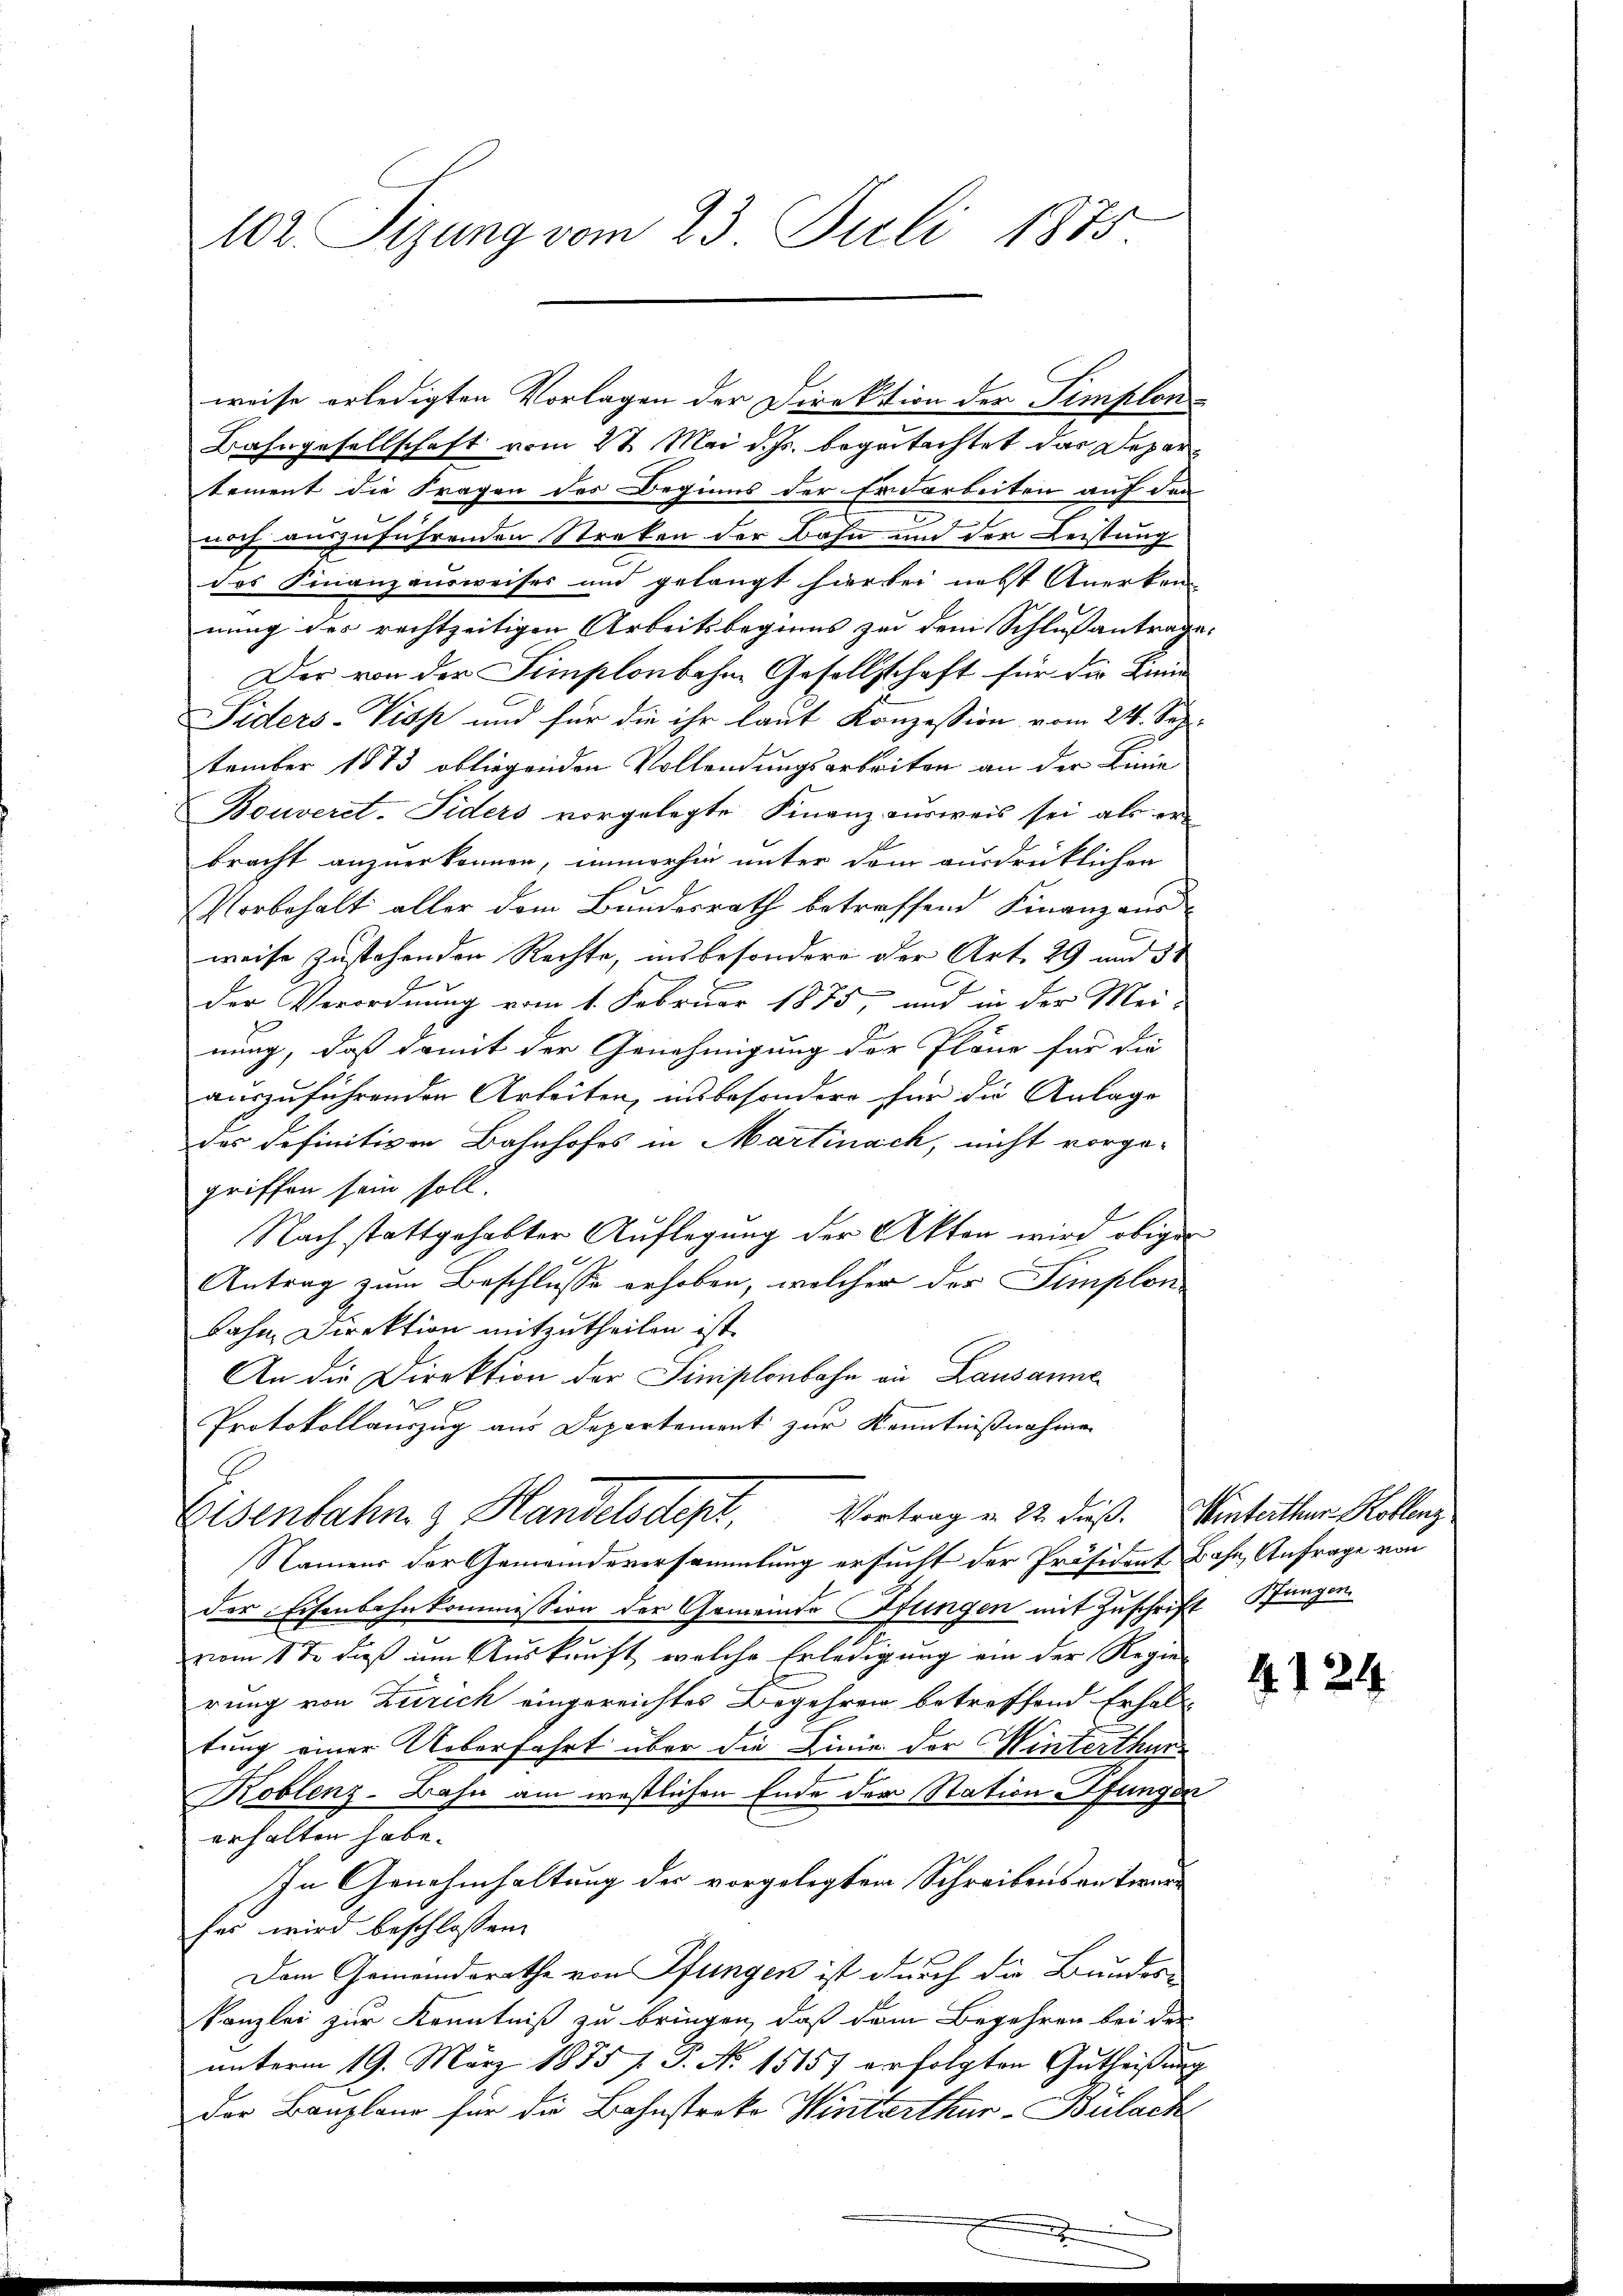
102 Sizung vom 23. Juli 1875

weise erledigten Vorlagen der Direktion der Simplon
Bahngesellschaft vom 27. Mai d. Js. begutachtet das Departement die Fragen des Beginns der Erdarbeiten auf den
5
noch auszuführenden Streken der Bahn und der Leistung
das Finanzausweises und gelangt hier bei nebst Anerken-
nung des rechtzeitigen Arbeitsbeginns zu dem Schlußantrage.
Der von der Simplonbahne Gesellschaft für die Linie
Piders-Visp und für die ihr laut Konzession vom 24. Sep.
tember 1873 obliegenden Vollendungsarbeiten an der Linie
Bouveret. Fiders vorgelegte Finanzausweis sei als er
bracht anzuerkennen, immerhin unter dem ausdrücklichen
Vorbehalt aller dem Bundesrath betreffend Finanzaus
weise zustehenden Rechte, insbesondere der Art. 29 und 51
Der Verordnung vom 1. Februar 1875, und in der Mei-
nung, daß damit der Genehmigung der Pläne für die
auszuführenden Arbeiten, insbesondere für die Anlage
des definitiven Bahnhofes in Martinach, nicht vorge-
griffen sein soll.
Nach stattgehabter Auflegung der Akten wird obiger
Antrag zum Beschlusse erhoben, welcher der Simplon-
bahn Direktion mitzutheilen ist.
An die Direktion der Sinistenbahn an Lausanne
 x
Protokollauszug aus Departement zur Kenntnißnahmen
Vortrag u. 22. dieß. Winterthur Kollenz
Eisenbahn & Handelsdept,
Namens der Gemeindeversammlung ersucht der Präsident Bahn, Anfrage von
der Eisenbahnkommission der Gemeinde Pfungen mit Zuschrift Pfungen.
vom 1te dieß im Auskunft, welche Erledigung ein der Regie
rung von Zürich eingereichtes Begehren betreffend Erhal-
tung einer Ueberfahrt über die Linie der Winterthur
Koblenz-Bahn am westlichen Ende der Station fungen
erhalten habe.
In Genehmhaltung der vorgelegten Schreibens antworfes wird beschlossen:
Dem Gemeindsrathe von Pfungen ist durch die Bundes-
kanzlei zur Kenntniß zu bringen, daß dem Begehren bei der
unterm 19. März 1875 f. P. N. 15157 erfolgten Gutheißung
Der Bauplane für die Bahnstrako Winterthur -Bülach

4.124